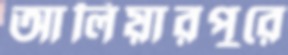
আলিয়ারপুরে